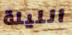
الليلة